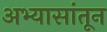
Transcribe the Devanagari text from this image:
अभ्यासांतून